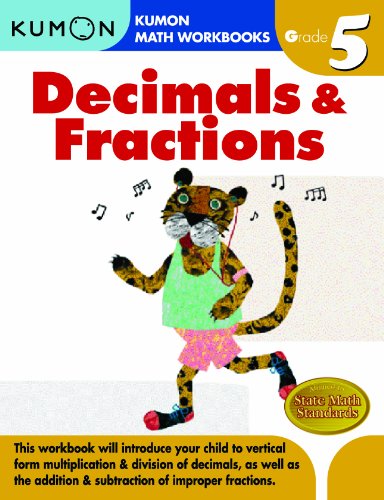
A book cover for Grade 5 Decimals & Fractions (Kumon Math Workbooks); Kumon Publishing; Children's Books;